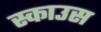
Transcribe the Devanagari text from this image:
स्काउस